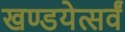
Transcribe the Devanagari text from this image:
खण्डयेत्सर्वं